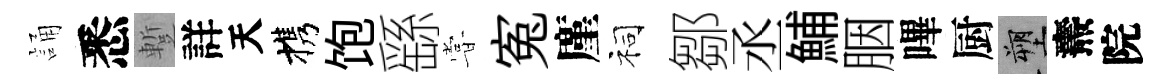
誦悉蹔詳天携饱繇甞寃廑祠鄒丞鯆胭嗶厨塑燾院